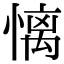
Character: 𢟢